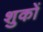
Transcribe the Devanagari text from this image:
शुकों